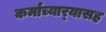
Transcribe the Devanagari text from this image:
कर्माच्यार्‍यासह